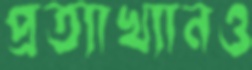
প্রত্যাখ্যানও